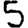
Digit: 5